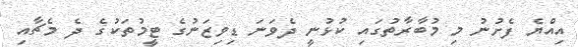
އިއްޔެ ފެށުނު މި މުބާރާތުގައި ކުޅުނީ ދެވަނަ ޑިވިޒަނުގެ ޓީމުތަކުގެ ދެ މެޗާއި